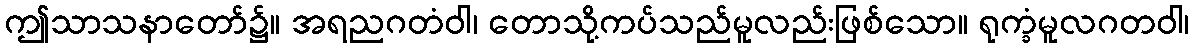
ဤသာသနာတော်၌။ အရညဂတံဝါ၊ တောသို့ကပ်သည်မူလည်းဖြစ်သော။ ရုက္ခံမူလဂတဝါ၊